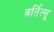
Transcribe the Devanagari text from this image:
बर्तित्सू